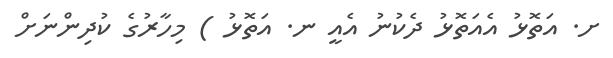
ށ. އަތޮޅު އެއަތޮޅު ދެކުނު އެއީ ނ. އަތޮޅު ) މިހާރުގެ ކުދިންނަށް